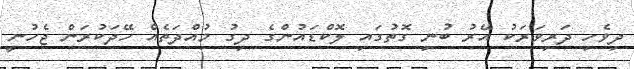
ދިވެހި ދަރިވަރަކު އޭރު ބުނި ގޮތުގައި ލޮކްޑައުންގެ ދިގު މުއްދަތެއް ހޭދަކުރަން ޖެހުނީ